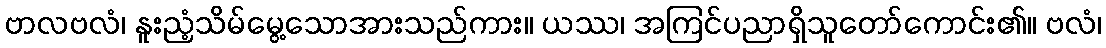
ဗာလဗလံ၊ နူးညံ့သိမ်မွေ့သောအားသည်ကား။ ယဿ၊ အကြင်ပညာရှိသူတော်ကောင်း၏။ ဗလံ၊